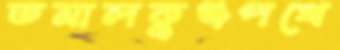
তমালকুঞ্জপথে